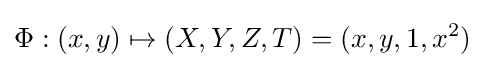
\Phi :(x,y)\mapsto (X,Y,Z,T)=(x,y,1,x^{2})